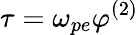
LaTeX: \tau=\omega_{pe}\varphi^{(2)}